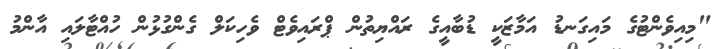
"މިއިވެންޓުގެ މައިގަނޑު އަމާޒަކީ ޑުބާއީގެ ރައްޔިތުން ޕްރައިވެޓް ވެހިކަލް ގެންގުޅުން ހުއްޓާލައި އާންމު